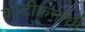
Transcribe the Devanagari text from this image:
कोटीक्रमाची